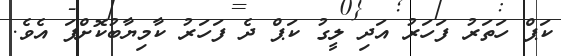
ކަޕް ހަތަރު ފަހަރު އަދި ލީގު ކަޕް ދެ ފަހަރު ކާމިޔާބުކޮށްފަ އެވެ.